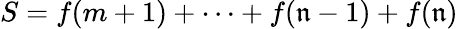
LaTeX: S=f(m+1)+\cdots+f(\mathfrak{n}-1)+f(\mathfrak{n})